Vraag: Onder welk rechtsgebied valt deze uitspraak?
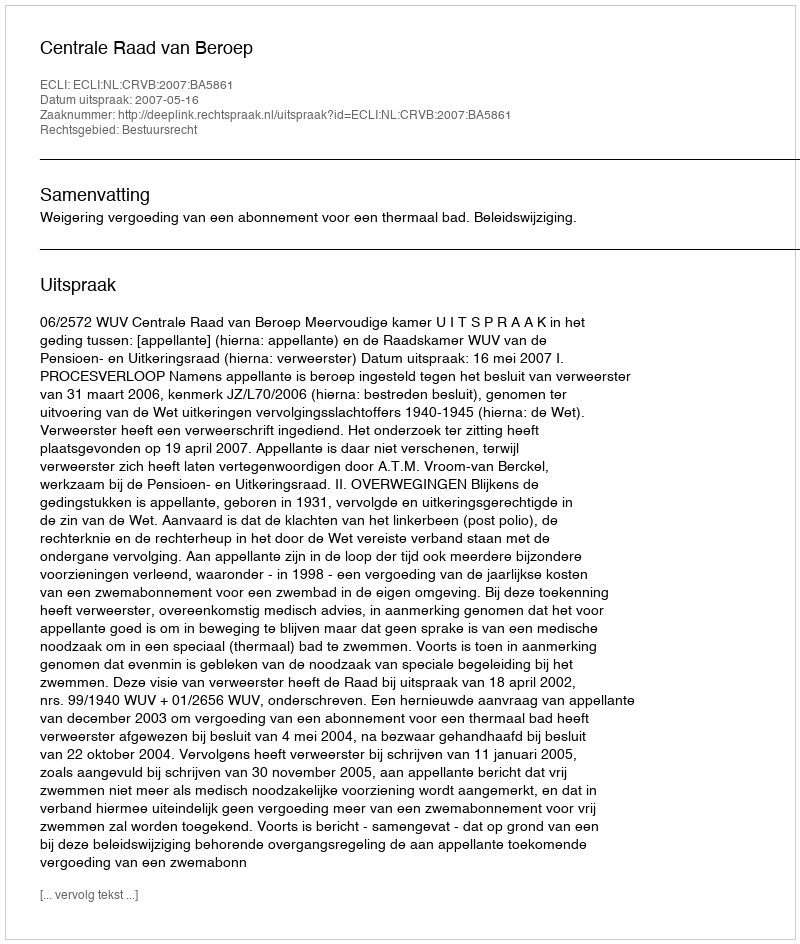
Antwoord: Bestuursrecht